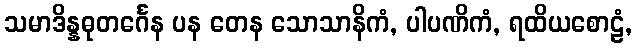
သမာဒိန္နဓုတင်္ဂေန ပန တေန သောသာနိကံ, ပါပဏိကံ, ရထိယစောဠံ,